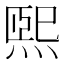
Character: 煕